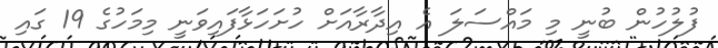
ފުލުހުން ބުނީ މި މައްސަލަ އެ އިދާރާއަށް ހުށަހަޅާފައިވަނީ މިމަހުގެ 19 ގައި